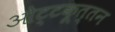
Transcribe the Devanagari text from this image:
ओट्टकूत्तन